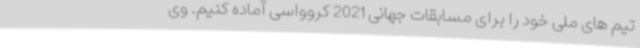
تیم های ملی خود را برای مسابقات جهانی 2021 کروواسی آماده کنیم. وی